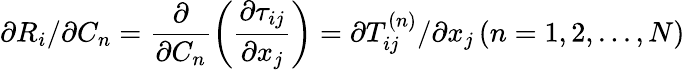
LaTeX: \partial{R_{i}}/\partial{C_{n}}=\frac{\partial}{{\partial{C_{n}}}}\left({\frac{{\partial{\tau_{ij}}}}{{\partial{x_{j}}}}}\right)=\mathrm{{}}\partial T_{ij}^{\left(n\right)}/\partial{x_{j}}\left({n=1,2,...,N}\right)